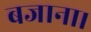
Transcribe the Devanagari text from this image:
बजाना।